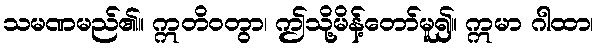
သမဏမည်၏။ ဣတိဝတွာ၊ ဤသို့မိန့်တော်မူ၍။ ဣမာ ဂါထာ၊